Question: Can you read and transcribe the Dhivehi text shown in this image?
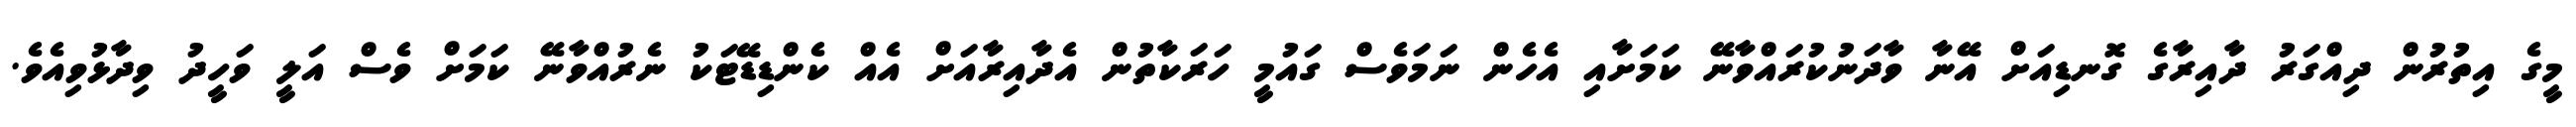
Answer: މީގެ އިތުރުން ދިއްގަރު ދާއިރާގެ ގޮނޑިއަށް އޭނާ ވާދަނުކުރައްވާނޭ ކަމަށާއި އެހެން ނަމަވެސް ގައުމީ ހަރަކާތުން އެދާއިރާއަށް އެއް ކެންޑިޑޭޓަކު ނެރުއްވާނޭ ކަމަށް ވެސް އަލީ ވަހީދު ވިދާޅުވިއެވެ.